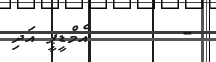
-       އެމްޑީޕީ އަދި